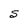
Character: S